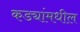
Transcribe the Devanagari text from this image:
कड्यांमधील